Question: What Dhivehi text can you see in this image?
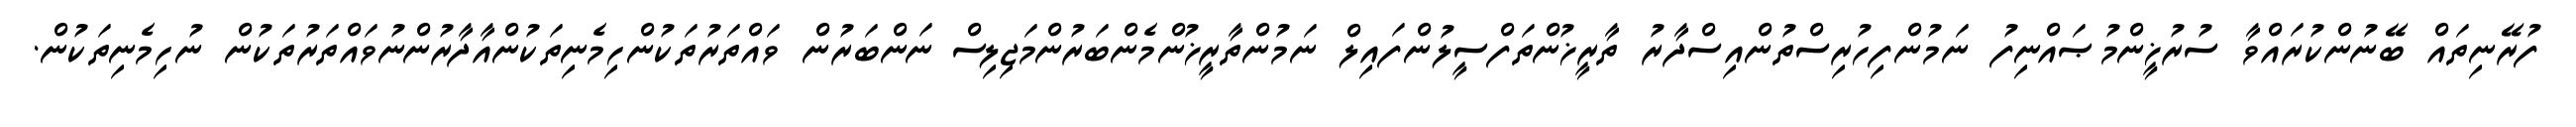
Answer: ފުރޭނިތައް ބޭނުންކުރައްވާ ސުރުޚީންމުޞައްނިފު ނަމުންފިހުރިސްތުންއިސްދާރު ތާރީޚުންތަފްސީލުންފައިލް ނަމުންތާރީޚުންމެންބަރުންމަޖިލިސް ނަންބަރުން ވައްތަރުތަކުންހިމެނިތަކުންއާދާރުންނުވައްތަރުތަކުން ނުހިމެނިތަކުން.